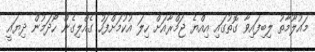
މައުލޫމާތު ލިބިފައިވާ ގޮތުގައި އިއްޔެ ޖަމްރާއަށް ހިލަ އުކުމަށްފަހު ގެއްލިގެން ހޯދަމުން ދިޔައީ